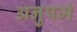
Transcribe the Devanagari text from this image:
अनुपमं